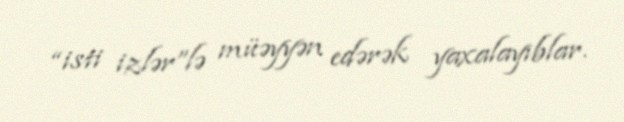
“isti izlər”lə müəyyən edərək yaxalayıblar.